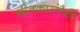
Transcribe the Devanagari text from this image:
गीतकारांपैकी